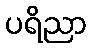
ပရိညာ